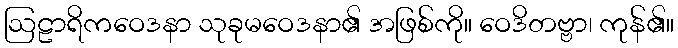
ဩဠာရိကဝေဒနာ သုခုမဝေဒနာ၏ အဖြစ်ကို။ ဝေဒိတဗ္ဗာ၊ ကုန်၏။